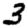
Digit: 3